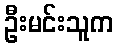
ဦးမင်းသူက